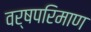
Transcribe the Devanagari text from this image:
वर्षपरिमाण